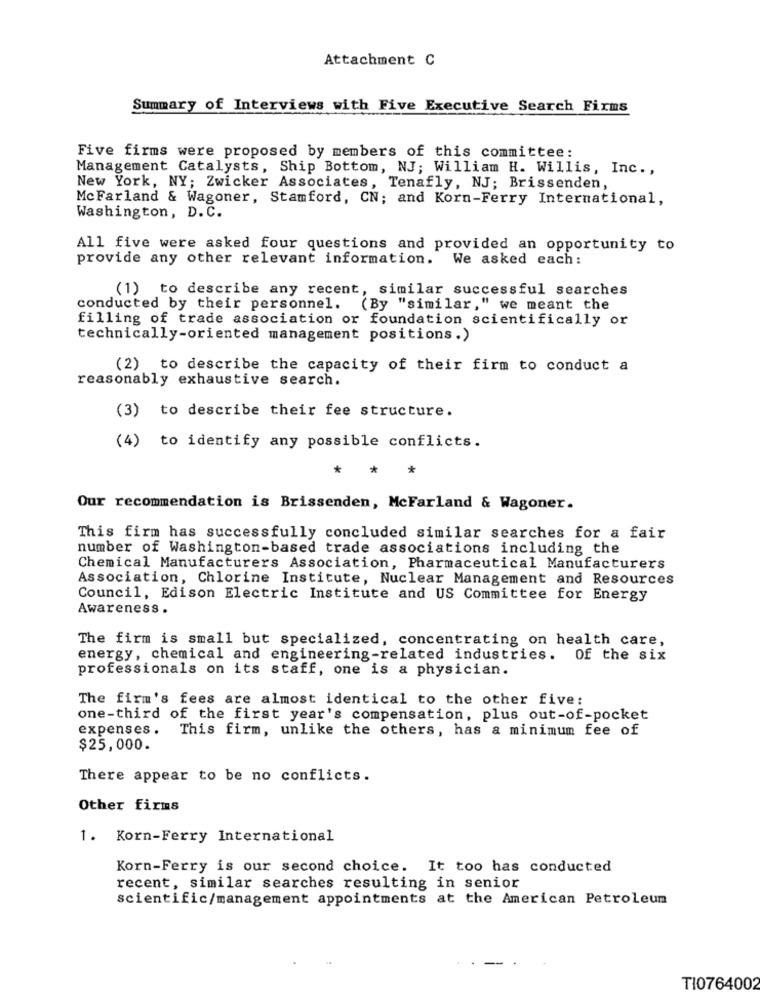
Attachment C
Summary of Interviews with Five Executive Search Firms
Five firms were proposed by members of this committee:
Management Catalysts, Ship Bottom, NJ; William H. Willis, Inc .,
New York, NY; Zwicker Associates, Tenafly, NJ; Brissenden,
McFarland & Wagoner, Stamford, CN; and Korn-Ferry International,
Washington, D. C.
All five were asked four questions and provided an opportunity to
provide any other relevant information. We asked each:
(1) to describe any recent, similar successful searches
conducted by their personnel. (By "similar," we meant the
filling of trade association or foundation scientifically or
technically-oriented management positions.)
(2) to describe the capacity of their firm to conduct a
reasonably exhaustive search.
(3) to describe their fee structure.
(4) to identify any possible conflicts.
*
Our recommendation is Brissenden, McFarland & Wagoner.
This firm has successfully concluded similar searches for a fair
number of Washington-based trade associations including the
Chemical Manufacturers Association, Pharmaceutical Manufacturers
Association, Chlorine Institute, Nuclear Management and Resources
Council, Edison Electric Institute and US Committee for Energy
Awareness .
The firm is small but specialized, concentrating on health care,
energy, chemical and engineering-related industries. Of the six
professionals on its staff, one is a physician.
The firm's fees are almost identical to the other five:
one-third of the first year's compensation, plus out-of-pocket
expenses. This firm, unlike the others, has a minimum fee of
$25,000.
There appear to be no conflicts.
Other firms
1. Korn-Ferry International
Korn-Ferry is our second choice. It too has conducted
recent, similar searches resulting in senior
scientific/management appointments at the American Petroleum
TI0764002